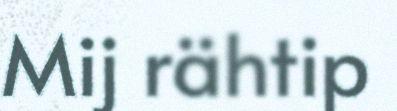
Mij rähtip